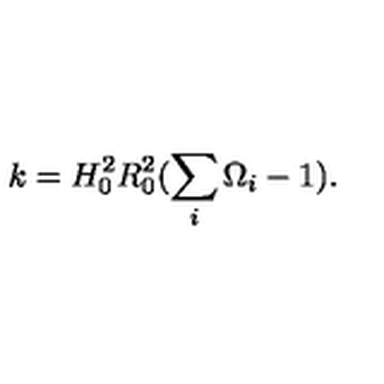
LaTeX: k = H _ { 0 } ^ { 2 } R _ { 0 } ^ { 2 } ( \sum _ { i } \Omega _ { i } - 1 ) .